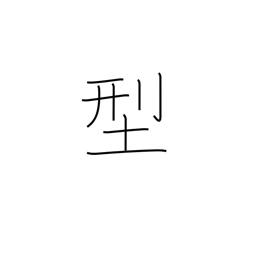
Meaning: type